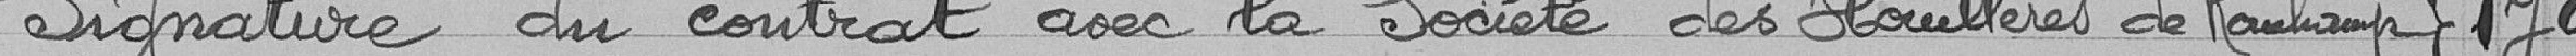
Signature du contrat avec la Société des Houilleres de Raulifr } 179